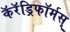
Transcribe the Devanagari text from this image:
कॅरॅड्रिफॉर्मस्